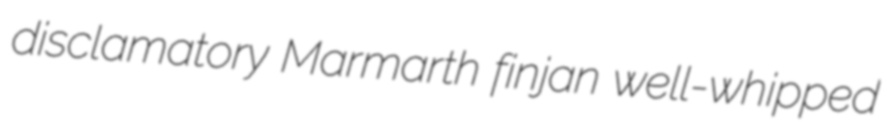
disclamatory Marmarth finjan well-whipped